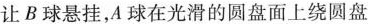
让B球悬挂，A球在光滑的圆盘面上绕圆盘